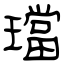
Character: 璫